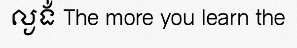
ល្ងង់ The more you learn the